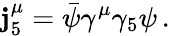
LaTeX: \mathbf{j}_{5}^{\mu}=\bar{{\psi}}\gamma^{\mu}\gamma_{5}\psi\, .